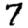
Digit: 7